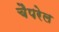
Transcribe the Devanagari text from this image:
चैपरेल